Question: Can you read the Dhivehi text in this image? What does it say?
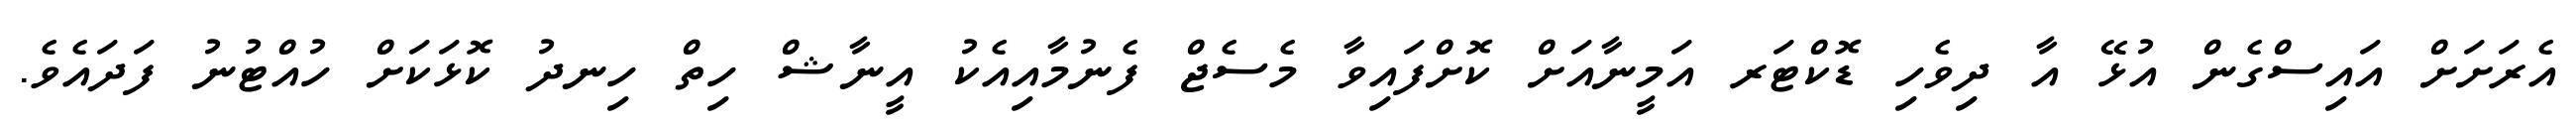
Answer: އެރަށަށް އައިސްގެން އުޅޭ އާ ދިވެހި ޑޮކްޓަރ އަމީނާއަށް ކޮށްފައިވާ މެސެޖް ފެނުމާއިއެކު އީނާޝް ހިތް ހިނދު ކޮޅަކަށް ހުއްޓުނު ފަދައެވެ.